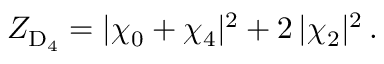
Z _ { \mathrm { D } _ { 4 } } = | \chi _ { 0 } + \chi _ { 4 } | ^ { 2 } + 2 \, | \chi _ { 2 } | ^ { 2 } \, .